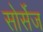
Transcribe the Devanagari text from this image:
सोर्सेज